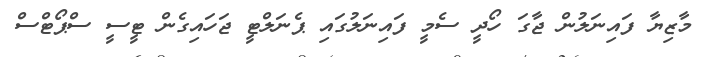
މާޒިޔާ ފައިނަލުން ޖާގަ ހޯދީ ސެމީ ފައިނަލުގައި ޕެނަލްޓީ ޖަހައިގެން ޓީސީ ސްޕޯޓްސް